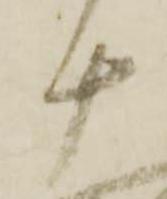
十